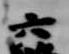
六